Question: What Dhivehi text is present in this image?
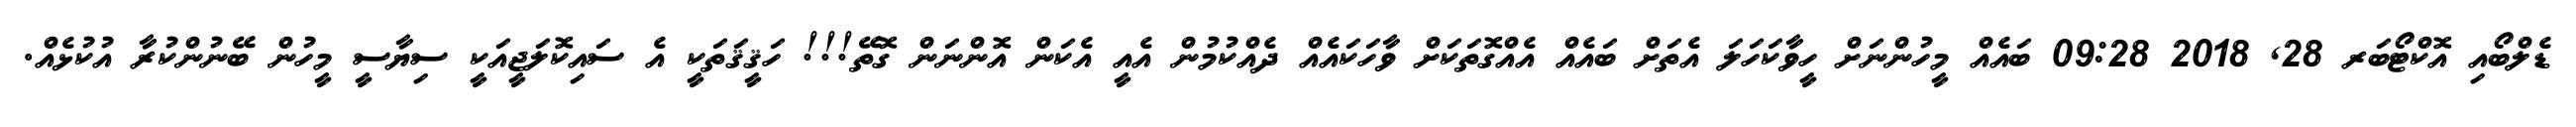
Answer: ޑެލްބޯއި އޮކްޓޯބަރ 28, 2018 09:28 ބައެއް މީހުންނަށް ހީވާކަހަލަ އެތަށް ބައެއް އެއްގޮތަކަށް ވާހަކައެއް ދެއްކުމުން އެއީ އެކަން އޮންނަން ގޮތޭ!!! ހަޤީޤަތަކީ އެ ސައިކޮލަޖީއަކީ ސިޔާސީ މީހުން ބޭނުންކުރާ އުކުޅެއް.